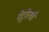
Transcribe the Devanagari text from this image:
पेट्रोलची